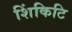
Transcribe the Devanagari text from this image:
शिंकिटि